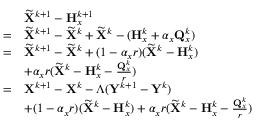
\begin{array} { r l } & { \widetilde { { \mathbf { X } } } ^ { k + 1 } - { \mathbf { H } } _ { x } ^ { k + 1 } } \\ { = } & { \widetilde { { \mathbf { X } } } ^ { k + 1 } - \widetilde { { \mathbf { X } } } ^ { k } + \widetilde { { \mathbf { X } } } ^ { k } - ( { \mathbf { H } } _ { x } ^ { k } + \alpha _ { x } { \mathbf { Q } } _ { x } ^ { k } ) } \\ { = } & { \widetilde { { \mathbf { X } } } ^ { k + 1 } - \widetilde { { \mathbf { X } } } ^ { k } + ( 1 - \alpha _ { x } r ) ( \widetilde { { \mathbf { X } } } ^ { k } - { \mathbf { H } } _ { x } ^ { k } ) } \\ & { + \alpha _ { x } r ( \widetilde { { \mathbf { X } } } ^ { k } - { \mathbf { H } } _ { x } ^ { k } - \frac { { \mathbf { Q } } _ { x } ^ { k } } { r } ) } \\ { = } & { { \mathbf { X } } ^ { k + 1 } - { \mathbf { X } } ^ { k } - \Lambda ( { \mathbf { Y } } ^ { k + 1 } - { \mathbf { Y } } ^ { k } ) } \\ & { + ( 1 - \alpha _ { x } r ) ( \widetilde { { \mathbf { X } } } ^ { k } - { \mathbf { H } } _ { x } ^ { k } ) + \alpha _ { x } r ( \widetilde { { \mathbf { X } } } ^ { k } - { \mathbf { H } } _ { x } ^ { k } - \frac { { \mathbf { Q } } _ { x } ^ { k } } { r } ) } \end{array}